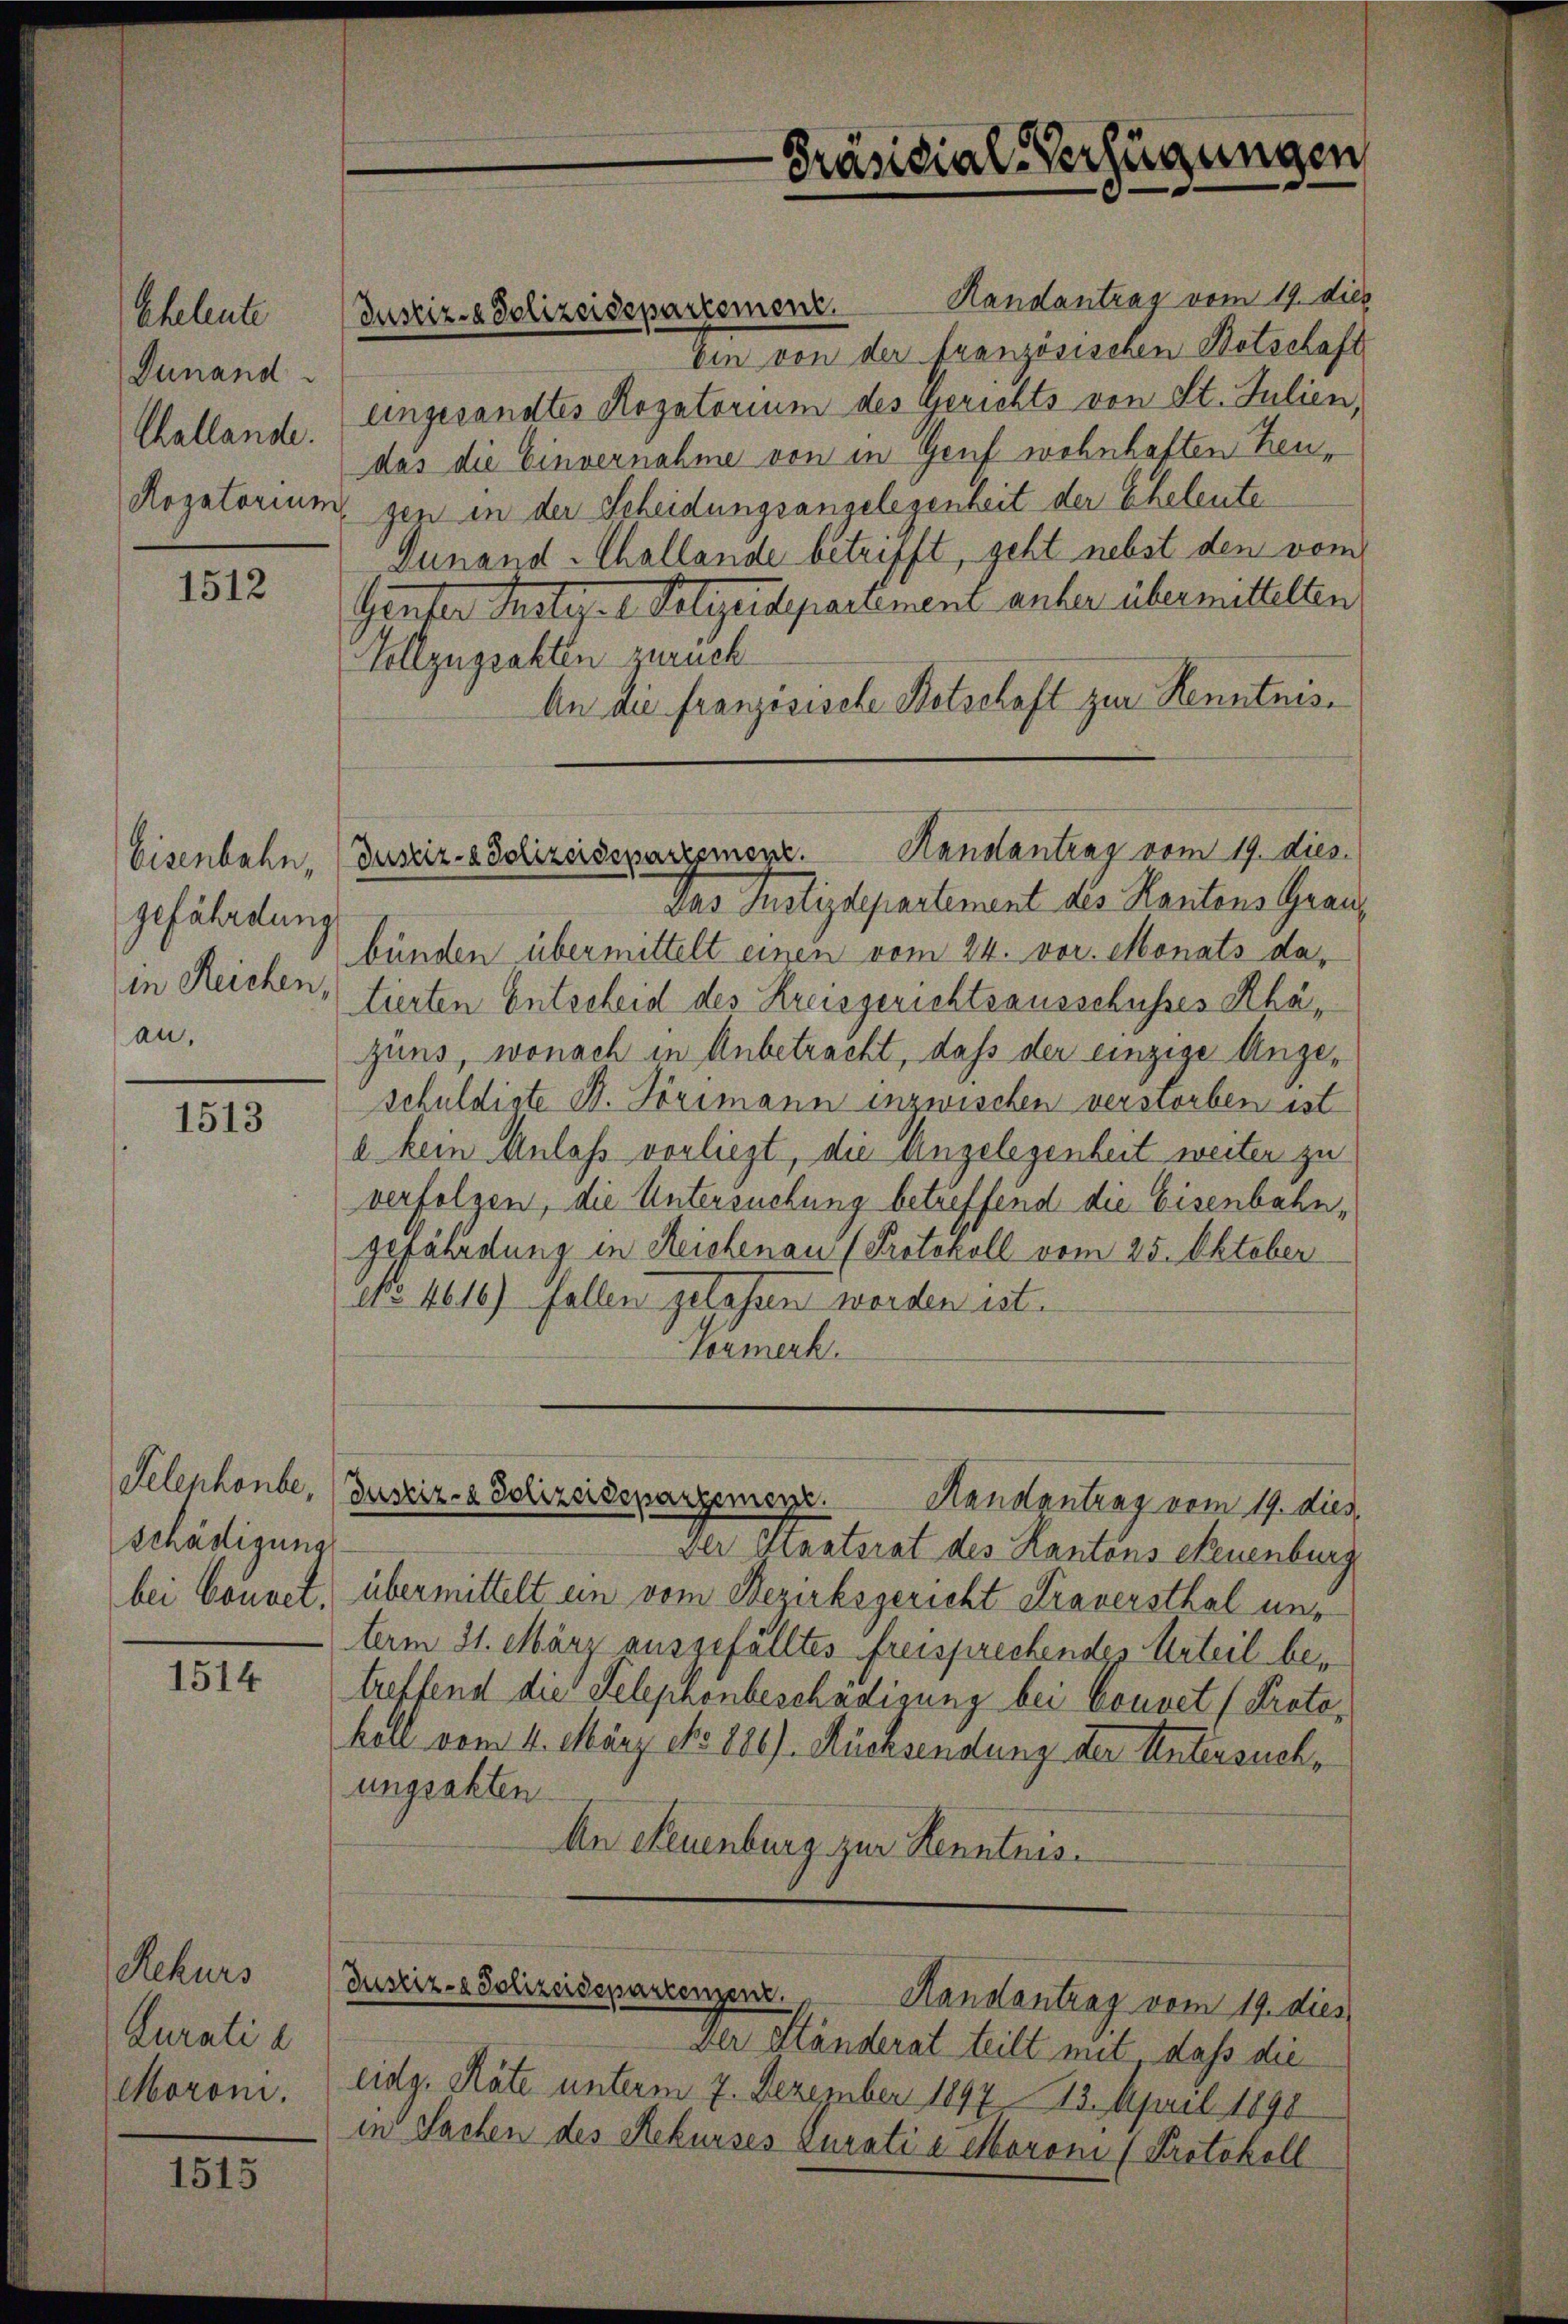
Eheleute
Dunand
Challande.
Rogatorium

1512

Eisenbahn,
gefährdung
in Reichen,
au,

1513

Telenhonbe,
schädigung
bei bonnet.

1514

Rekurs
Curati a
Moroni.

1515

Justiz- & Polizeidepartement. Handantrag vom 19. dies
ten von der französischen Retschaft
Ungesandtes Rogatorium des Gerichts von St. Julien,
das die Einvernahme von in Genf wohnhaften Heugen in der Scheidungsangelegenheit der Eheleute
Dunand Challande betrifft, geht nebst den vom
Genter Justiz- Polizeidepartement anher übermittelten
Vollzugsakten zuruck
An die französische Botschaft zur Kenntnis¬
Justiz- & Polizeisepartement. Hanstantrag vom 19. dies.
das Justizdepartement des Kantons Graubünden übermittelt einen vom 24. vor. Monats datierten Entscheid des Kreisgerichtsausschusses Rhäzuns, wonach in Anbetracht, daß der einzige Angeschuldigte B. Törimann inzwischen verstorben ist
a kein Anlass vorliegt, die angelegenheit weiter zu
verfolgen, die Untersuchung betreffend die Eisenbahngefährdung in Reichenau (Protokoll vom 25. Oktober
No. 4616) fallen gelassen worden ist.
Vormerk

Der Staatsrat des Kantons Neuenburg
übermittelt ein vom Bezirksgericht Traversthal unterm 31. März ausgefälltes Freisprechendes Urteil betreffend die Selephonbeschädigung bei Couvet (Protokoll vom 4. März No. 180). Rücksendung der Untersuchungsakten
An Feuenburg zur Kenntnis.

Präsidial-Verfügungen

Justiz- & Polizeidenargement. Handantrag vom 19. dies

Der Ständerat teilt mit, daß die
eidg. Räte unterm 7. Dezember 1897 13. April 1890
in Sachen des Rekurses zurati e coron 1 Protokoll

Justiz- & Polizeideparrenzen. Handantrag vom 19. dies